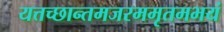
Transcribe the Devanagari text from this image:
यत्तच्छान्तमजरममृतमभयं